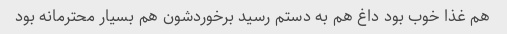
هم غذا خوب بود داغ هم به دستم رسید برخوردشون هم بسیار محترمانه بود